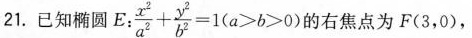
21.已知椭圆E。 $$\frac { x ^ { 2 } } { a ^ { 2 } } + \frac { y ^ { 2 } } { b ^ { 2 } } = 1 ( a > b > 0$$ 的右焦点为F(3，0)，